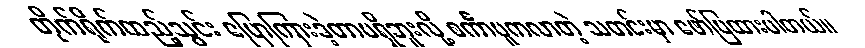
တိုက်ရိုက်ထည့်သွင်း ပြောကြားခဲ့တာမရှိဘူးလို့ စင်္ကာပူကလာတဲ့ သတင်းမှာ ဖော်ပြထားပါတယ်။